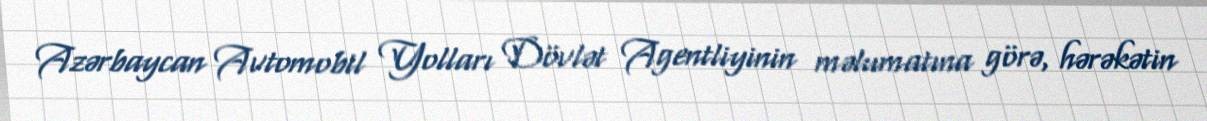
Azərbaycan Avtomobil Yolları Dövlət Agentliyinin məlumatına görə, hərəkətin